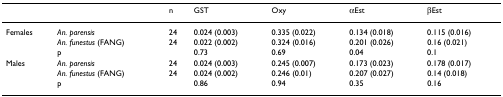
<table><thead><tr><td></td><td></td><td><b>n</b></td><td><b>GST</b></td><td><b>Oxy</b></td><td><b>αEst</b></td><td><b>βEst</b></td></tr></thead><tbody><tr><td>Females</td><td><i>An. parensis</i></td><td>24</td><td>0.024 (0.003)</td><td>0.335 (0.022)</td><td>0.134 (0.018)</td><td>0.115 (0.016)</td></tr><tr><td></td><td><i>An. funestus </i>(FANG)</td><td>24</td><td>0.022 (0.002)</td><td>0.324 (0.016)</td><td>0.201 (0.026)</td><td>0.16 (0.021)</td></tr><tr><td></td><td>p</td><td></td><td>0.73</td><td>0.69</td><td>0.04</td><td>0.1</td></tr><tr><td>Males</td><td><i>An. parensis</i></td><td>24</td><td>0.024 (0.003)</td><td>0.245 (0.007)</td><td>0.173 (0.023)</td><td>0.178 (0.017)</td></tr><tr><td></td><td><i>An. funestus </i>(FANG)</td><td>24</td><td>0.024 (0.002)</td><td>0.246 (0.01)</td><td>0.207 (0.027)</td><td>0.14 (0.018)</td></tr><tr><td></td><td>p</td><td></td><td>0.86</td><td>0.94</td><td>0.35</td><td>0.16</td></tr></tbody></table>